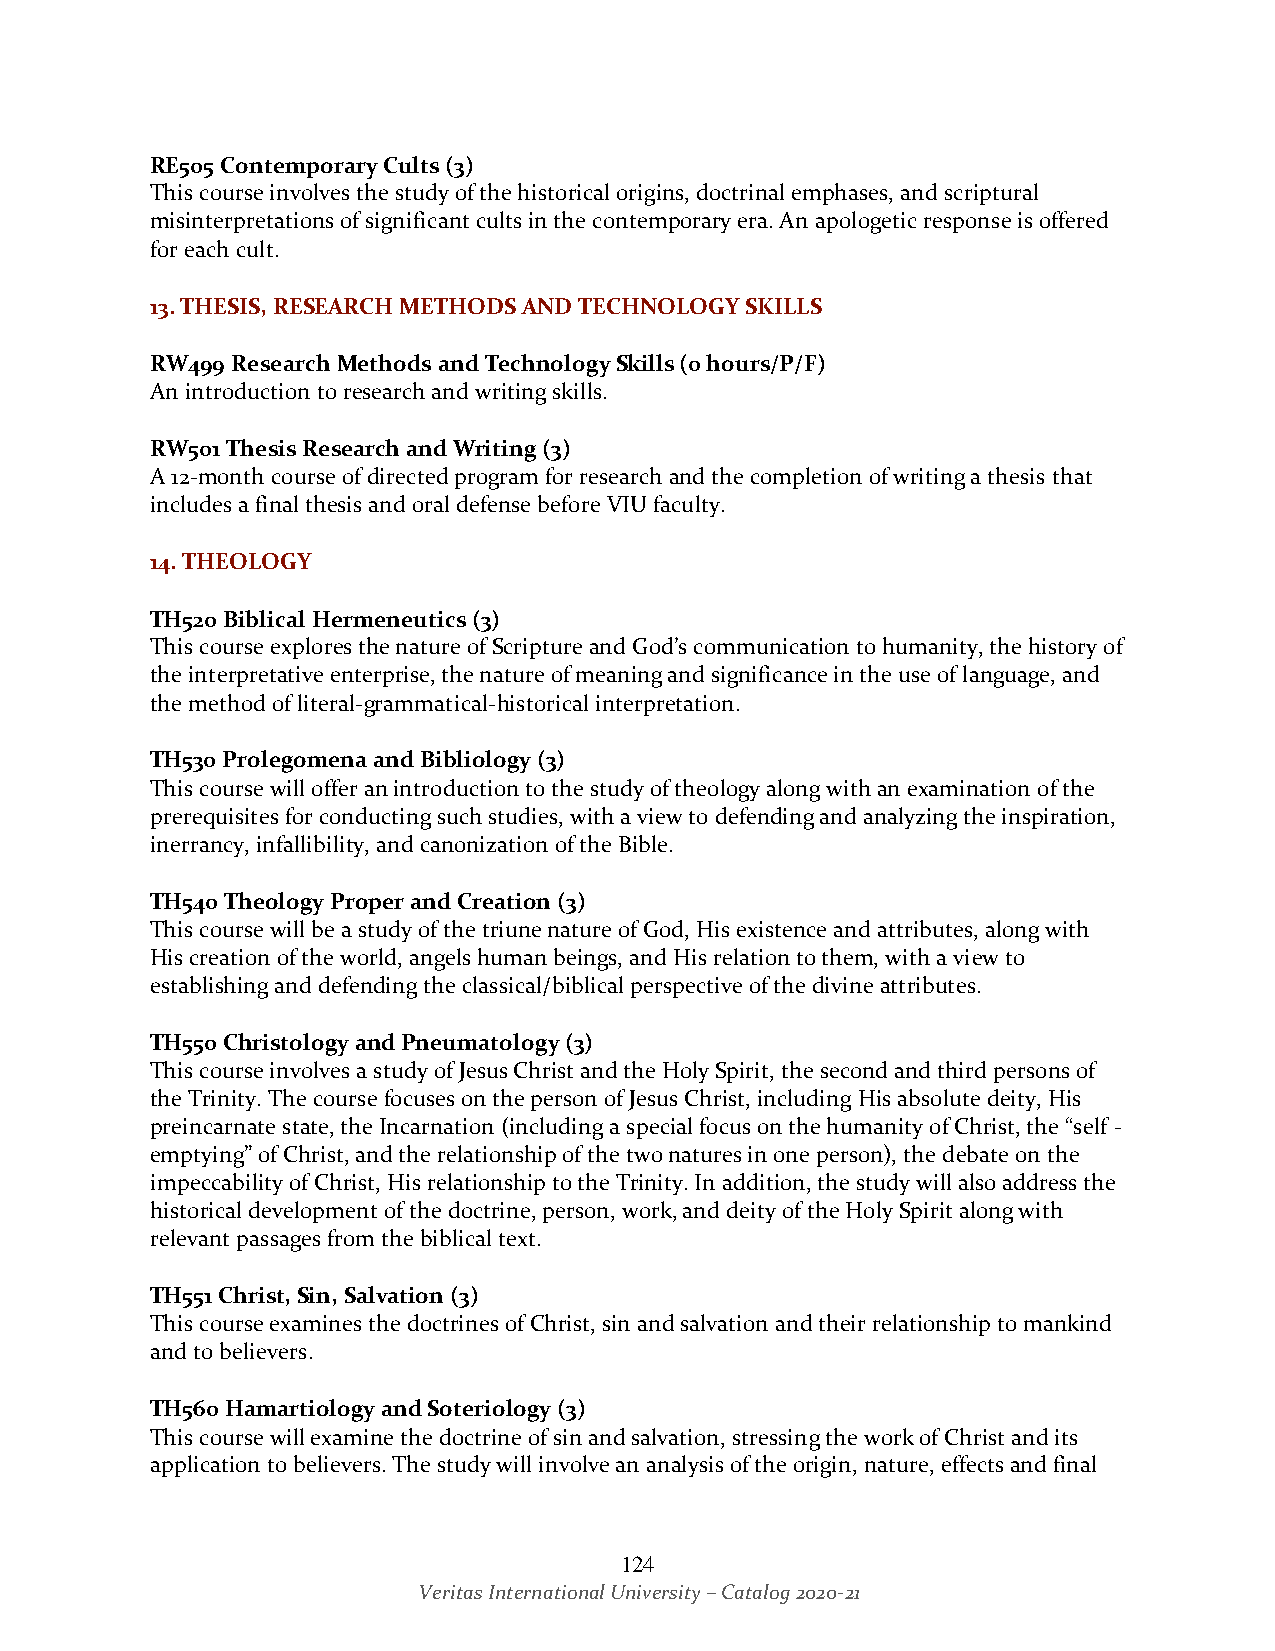
RE505 Contemporary Cults (3)
 This course involves the study of the historical origins, doctrinal emphases, and scriptural
 misinterpretations of significant cults in the contemporary era. An apologetic response is offered
 for each cult.
 13. THESIS, RESEARCH METHODS AND TECHNOLOGY SKILLS
 RW499 Research Methods and Technology Skills (0 hours/P/F)
 An introduction to research and writing skills.
 RW501 Thesis Research and Writing (3)
 A 12-month course of directed program for research and the completion of writing a thesis that
 includes a final thesis and oral defense before VIU faculty.
 14. THEOLOGY
 TH520 Biblical Hermeneutics (3)
 This course explores the nature of Scripture and God’s communication to humanity, the history of
 the interpretative enterprise, the nature of meaning and significance in the use of language, and
 the method of literal-grammatical-historical interpretation.
 TH530 Prolegomena and Bibliology (3)
 This course will offer an introduction to the study of theology along with an examination of the
 prerequisites for conducting such studies, with a view to defending and analyzing the inspiration,
 inerrancy, infallibility, and canonization of the Bible.
 TH540 Theology Proper and Creation (3)
 This course will be a study of the triune nature of God, His existence and attributes, along with
 His creation of the world, angels human beings, and His relation to them, with a view to
 establishing and defending the classical/biblical perspective of the divine attributes.
 TH550 Christology and Pneumatology (3)
 This course involves a study of Jesus Christ and the Holy Spirit, the second and third persons of
 the Trinity. The course focuses on the person of Jesus Christ, including His absolute deity, His
 preincarnate state, the Incarnation (including a special focus on the humanity of Christ, the “self -
 emptying” of Christ, and the relationship of the two natures in one person), the debate on the
 impeccability of Christ, His relationship to the Trinity. In addition, the study will also address the
 historical development of the doctrine, person, work, and deity of the Holy Spirit along with
 relevant passages from the biblical text.
 TH551 Christ, Sin, Salvation (3)
 This course examines the doctrines of Christ, sin and salvation and their relationship to mankind
 and to believers.
 TH560 Hamartiology and Soteriology (3)
 This course will examine the doctrine of sin and salvation, stressing the work of Christ and its
 application to believers. The study will involve an analysis of the origin, nature, effects and final
 124
 Veritas International University – Catalog 2020-21